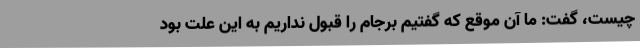
چیست، گفت: ما آن موقع که گفتیم برجام را قبول نداریم به این علت بود